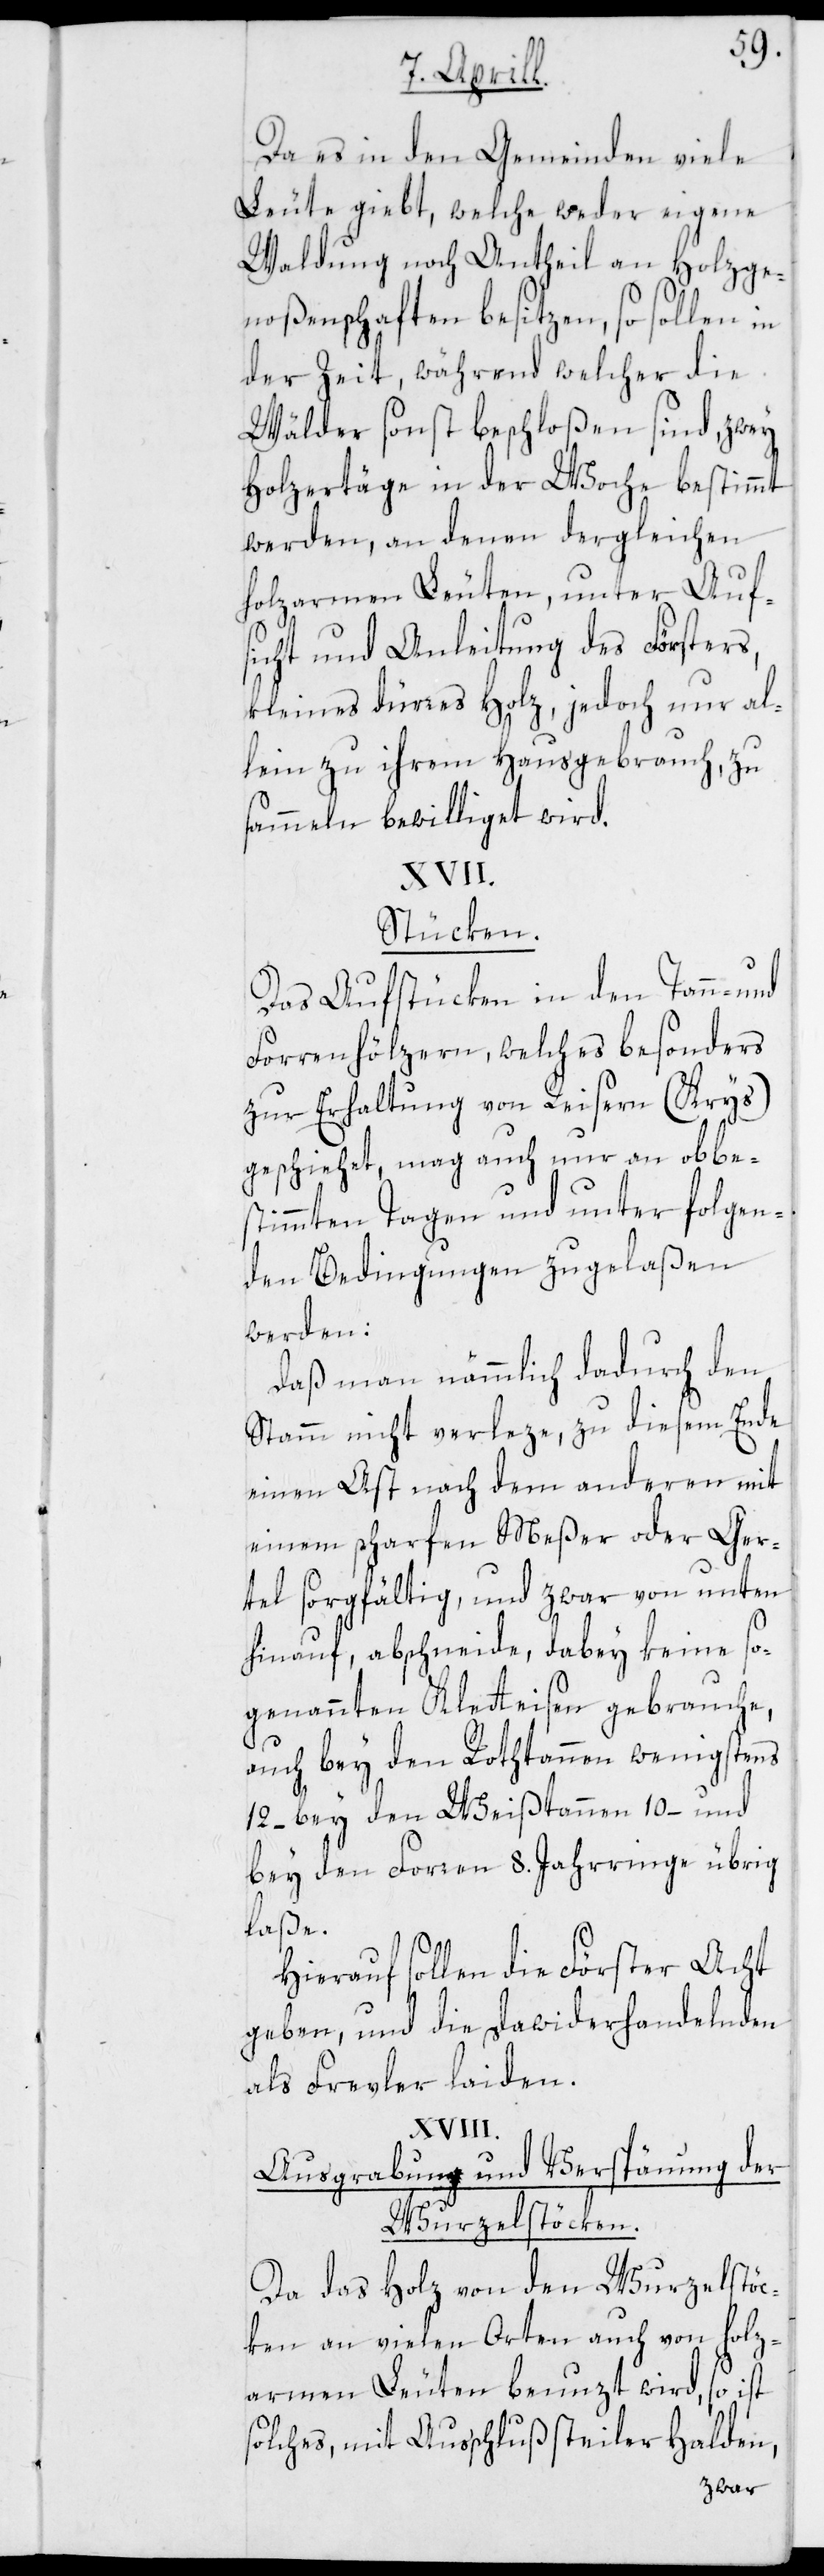
Da es in den Gemeinden viele
Leute giebt, welche weder eigene
Waldung noch Antheil an Holzge¬
noßenschaften besitzen, so sollen in
der Zeit, während welcher die
Wälder sonst beschloßen sind, zwey
Holzertäge in der Woche bestimmt
werden, an denen dergleichen
holzarmen Leuten, unter Aufs¬
icht und Anleitung des Försters,
kleines dürres Holz, jedoch nur al¬
lein zu ihrem Hausgebrauch zu
sammeln bewilliget wird.
Stücken.
Das Aufstücken in den Tann- und
Forrenhölzern, welches besonders
zur Erhaltung von Reisern (Krys)
geschiehet, mag auch nur an obbes¬
timmten Tagen und unter folgen¬
den Bedingungen zugelaßen
werden:
Daß man nämmlich dadurch den
Stamm nicht verleze, zu diesem Ende
einen Ast nach dem anderen mit
einem scharfen Meßer oder Ger¬
tel sorgfältig, und zwar von unten
hinauf, abschneide, dabey keine so¬
genannten Kletteisen gebrauche,
auch bey den Rothtannen wenigstens
12, bey den Weißtannen 10, und
bey den Forren 8. Jahrringe übrig
laße.
Hierauf sollen die Förster Acht
geben, und die Dawiderhandelnden
als Frevler laiden.
Ausgrabung und Verspänung der
Wurzelstöcken.
Da das Holz von den Wurzelstöc¬
ken an vielen Orten auch von holz¬
armen Leuten benuzt wird, so ist
solches, mit Ausschluß steiler Halden,